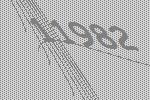
11982